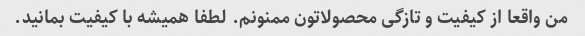
من واقعا از کیفیت و تازگی محصولاتون ممنونم. لطفا همیشه با کیفیت بمانید.